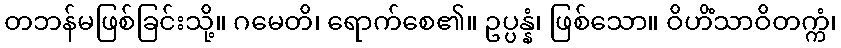
တဘန်မဖြစ်ခြင်းသို့။ ဂမေတိ၊ ရောက်စေ၏။ ဥပ္ပန္နံ၊ ဖြစ်သော။ ဝိဟိံသာဝိတက္ကံ၊